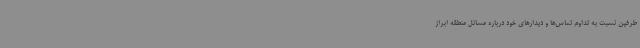
طرفین نسبت به تداوم تماس‌ها و دیدارهای خود درباره مسائل منطقه ابراز